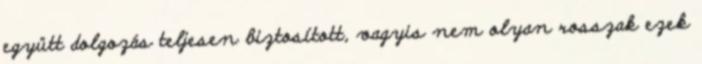
együtt dolgozás teljesen biztosított, vagyis nem olyan rosszak ezek